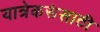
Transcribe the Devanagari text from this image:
यात्रेकरूंसाठी